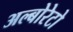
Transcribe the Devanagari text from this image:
अल्बोरेटो